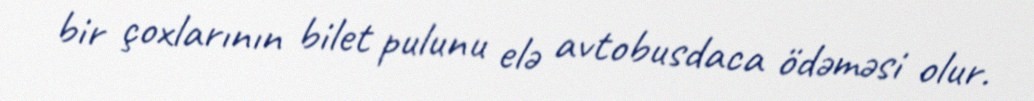
bir çoxlarının bilet pulunu elə avtobusdaca ödəməsi olur.